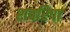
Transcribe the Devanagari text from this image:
शवरिपा